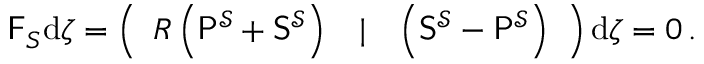
\begin{array} { r } { \mathsf { F } _ { S } \mathrm { d } \boldsymbol { \zeta } = \left( \begin{array} { l l l } { R \left( \mathsf { P } ^ { \mathcal { S } } + \mathsf { S } ^ { \mathcal { S } } \right) } & { | } & { \left( \mathsf { S } ^ { \mathcal { S } } - \mathsf { P } ^ { \mathcal { S } } \right) } \end{array} \right) \mathrm { d } \boldsymbol { \zeta } = 0 \, . } \end{array}